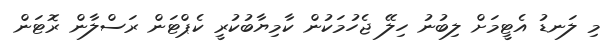
މި ލަނޑު އެޓީމަށް ލިބުނު ހިލޭ ޖެހުމަކުން ކާމިޔާބުކުރީ ކެޕްޓަން ރަސްލާން ރޮޓަން